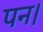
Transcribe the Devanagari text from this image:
पन।